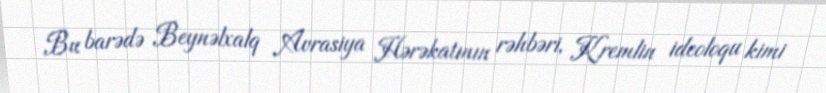
Bu barədə Beynəlxalq Avrasiya Hərəkatının rəhbəri, Kremlin ideoloqu kimi